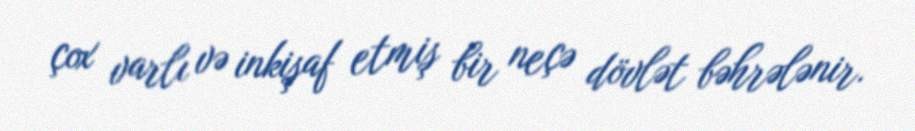
çox varlı və inkişaf etmiş bir neçə dövlət bəhrələnir.